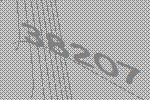
38207